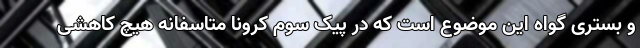
و بستری گواه این موضوع است که در پیک سوم کرونا متاسفانه هیچ کاهشی